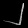
Digit: ၂